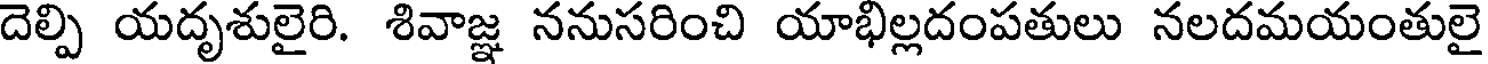
దెల్పి యదృశులైరి. శివాజ్ఞ ననుసరించి యాభిల్లదంపతులు నలదమయంతులై